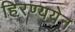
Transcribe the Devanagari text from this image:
हिरण्ययेन